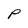
Character: P